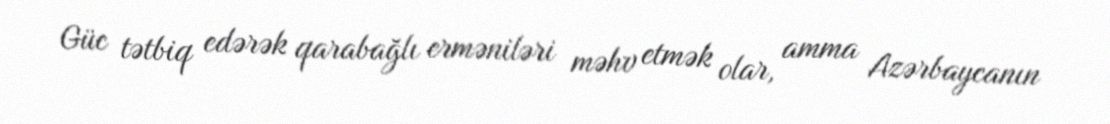
Güc tətbiq edərək qarabağlı erməniləri məhv etmək olar, amma Azərbaycanın